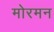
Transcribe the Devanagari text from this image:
मोरमन